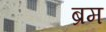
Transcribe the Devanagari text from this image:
ब्रम